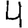
Digit: 4